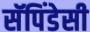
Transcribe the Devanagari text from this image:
सॅपिंडेसी